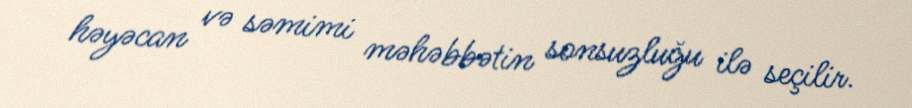
həyəcan və səmimi məhəbbətin sonsuzluğu ilə seçilir.